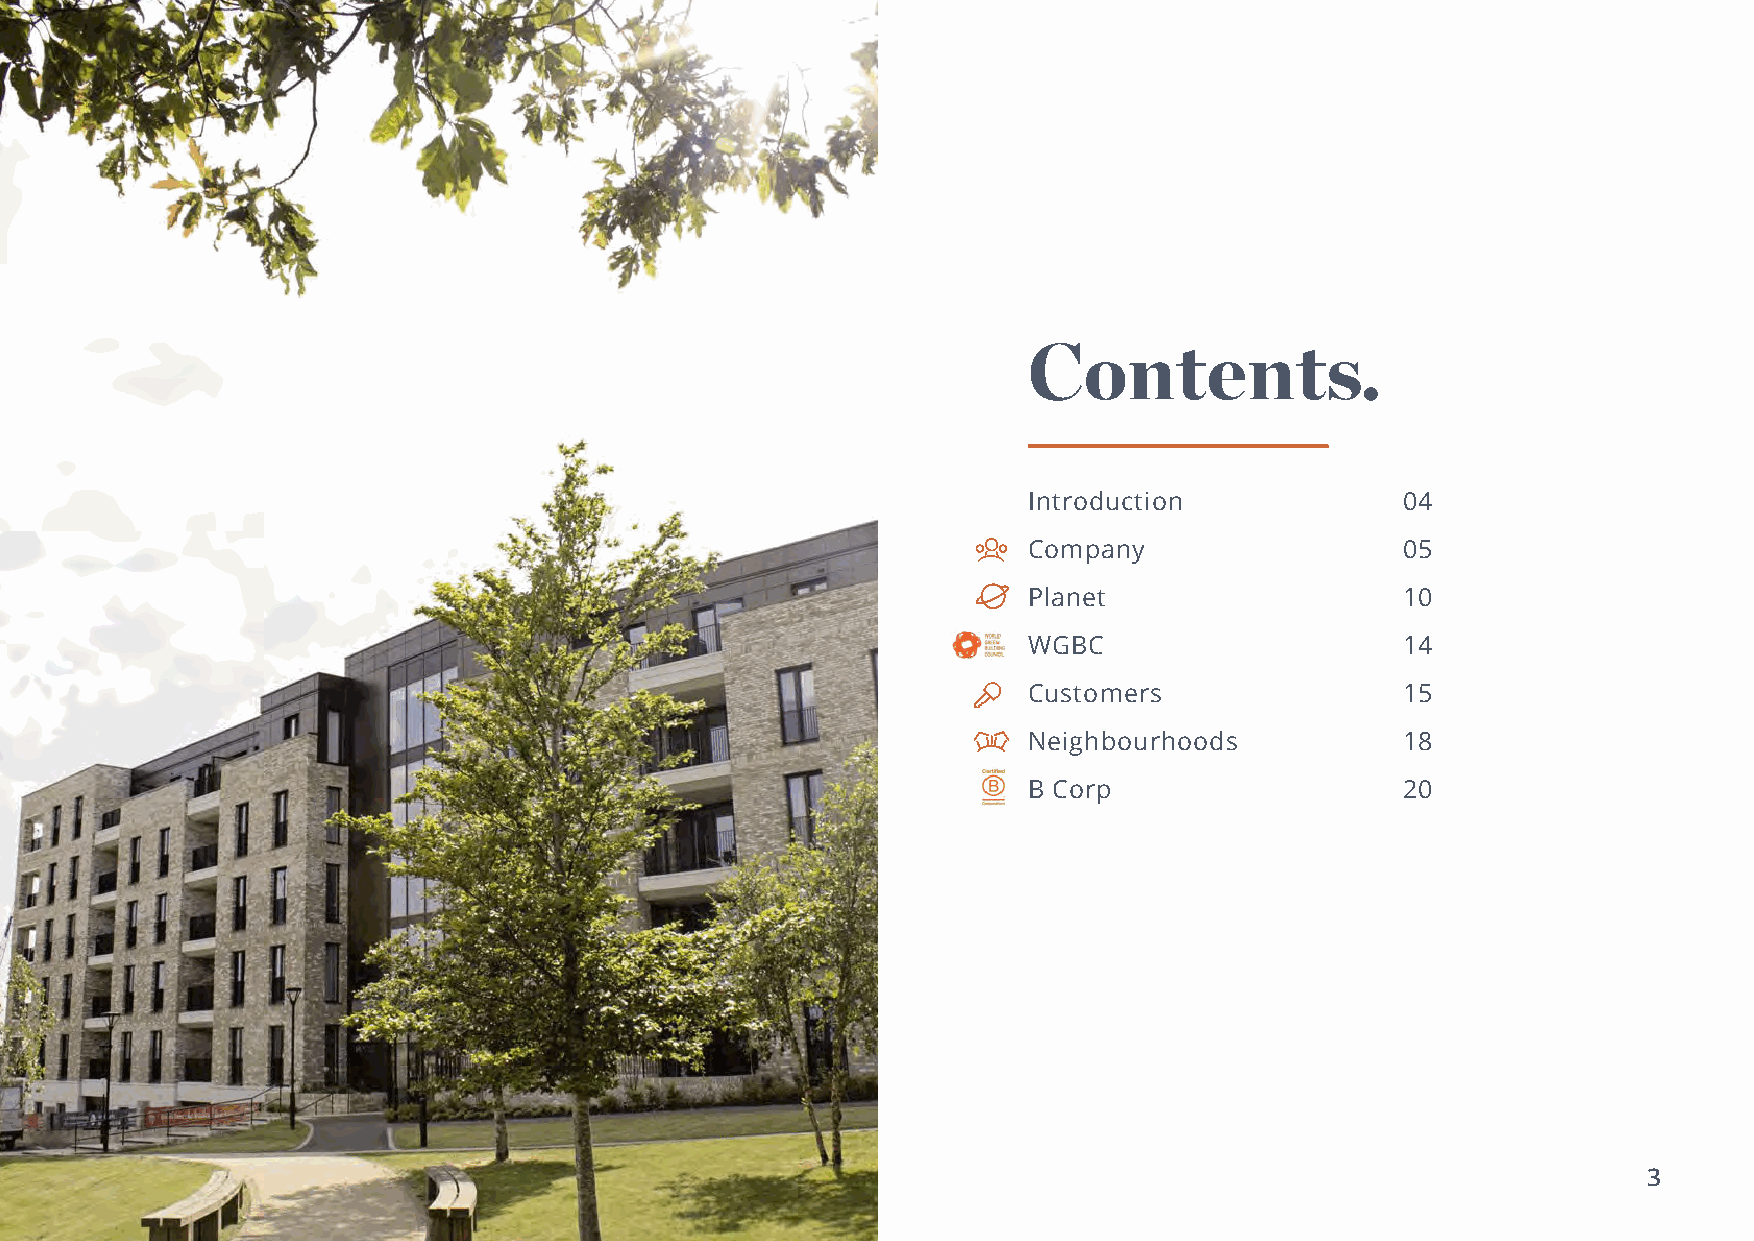
Contents.
 Introduction             04
 Company                  05
 Planet                   10
 WGBC                     14
 Customers                15
 Neighbourhoods           18
 B Corp                   20
 3